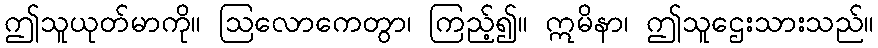
ဤသူယုတ်မာကို။ ဩလောကေတွာ၊ ကြည့်၍။ ဣမိနာ၊ ဤသူဌေးသားသည်။